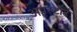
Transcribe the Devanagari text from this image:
अपस्टार्ट